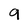
Character: 9